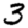
Digit: 3